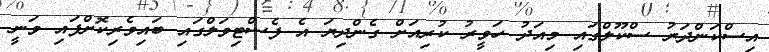
އިސްކަންދަރު ސްކޫލްގައި މިއަދު ހަވީރު ކުރިއަށް ގެންދިޔަ އެ ފެސްޓިވަލްގައި ބައިވެރިކޮށްފައި ވަނީ